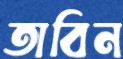
তাবিন